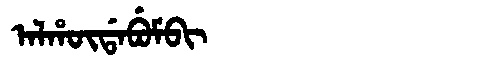
Manchu: ᠠᠯᡥᡡᡩᠠᠪᡠᠮᠪᡳ
Romanization: ALHŪDABUMBI